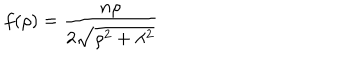
LaTeX: f ( \rho ) = { \frac { n \rho } { 2 \sqrt { \rho ^ { 2 } + \lambda ^ { 2 } } } }